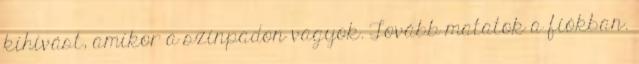
kihívást, amikor a színpadon vagyok. Tovább matatok a fiókban.